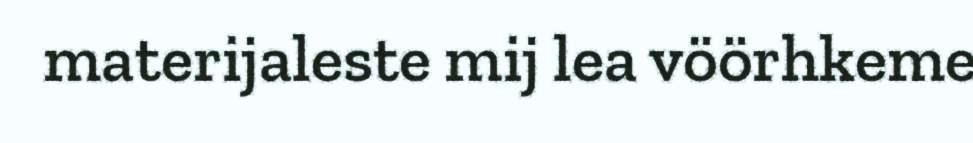
materijaleste mij lea vöörhkeme